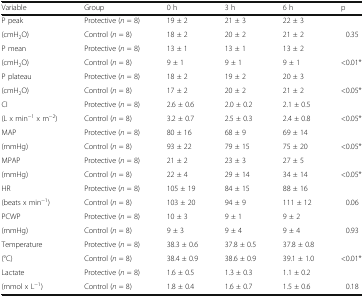
<table><thead><tr><td><b>Variable</b></td><td><b>Group</b></td><td><b>0 h</b></td><td><b>3 h</b></td><td><b>6 h</b></td><td><b>p</b></td></tr></thead><tbody><tr><td>P peak</td><td>Protective (<i>n</i> = 8)</td><td>19 ± 2</td><td>21 ± 3</td><td>22 ± 3</td><td></td></tr><tr><td>(cmH<sub>2</sub>O)</td><td>Control (<i>n</i> = 8)</td><td>18 ± 2</td><td>20 ± 2</td><td>21 ± 2</td><td>0.35</td></tr><tr><td>P mean</td><td>Protective (<i>n</i> = 8)</td><td>13 ± 1</td><td>13 ± 1</td><td>13 ± 2</td><td></td></tr><tr><td>(cmH<sub>2</sub>O)</td><td>Control (<i>n</i> = 8)</td><td>9 ± 1</td><td>9 ± 1</td><td>9 ± 1</td><td>&lt;0.01*</td></tr><tr><td>P plateau</td><td>Protective (<i>n</i> = 8)</td><td>18 ± 2</td><td>19 ± 2</td><td>20 ± 3</td><td></td></tr><tr><td>(cmH<sub>2</sub>O)</td><td>Control (<i>n</i> = 8)</td><td>17 ± 2</td><td>20 ± 2</td><td>21 ± 2</td><td>&lt;0.05*</td></tr><tr><td>CI</td><td>Protective (<i>n</i> = 8)</td><td>2.6 ± 0.6</td><td>2.0 ± 0.2</td><td>2.1 ± 0.5</td><td></td></tr><tr><td>(L x min<sup>−1</sup> x m<sup>−2</sup>)</td><td>Control (<i>n</i> = 8)</td><td>3.2 ± 0.7</td><td>2.5 ± 0.3</td><td>2.4 ± 0.8</td><td>&lt;0.05*</td></tr><tr><td>MAP</td><td>Protective (<i>n</i> = 8)</td><td>80 ± 16</td><td>68 ± 9</td><td>69 ± 14</td><td></td></tr><tr><td>(mmHg)</td><td>Control (<i>n</i> = 8)</td><td>93 ± 22</td><td>79 ± 15</td><td>75 ± 20</td><td>&lt;0.05*</td></tr><tr><td>MPAP</td><td>Protective (<i>n</i> = 8)</td><td>21 ± 2</td><td>23 ± 3</td><td>27 ± 5</td><td></td></tr><tr><td>(mmHg)</td><td>Control (<i>n</i> = 8)</td><td>22 ± 4</td><td>29 ± 14</td><td>34 ± 14</td><td>&lt;0.05*</td></tr><tr><td>HR</td><td>Protective (<i>n</i> = 8)</td><td>105 ± 19</td><td>84 ± 15</td><td>88 ± 16</td><td></td></tr><tr><td>(beats x min<sup>−1</sup>)</td><td>Control (<i>n</i> = 8)</td><td>103 ± 20</td><td>94 ± 9</td><td>111 ± 12</td><td>0.06</td></tr><tr><td>PCWP</td><td>Protective (<i>n</i> = 8)</td><td>10 ± 3</td><td>9 ± 1</td><td>9 ± 2</td><td></td></tr><tr><td>(mmHg)</td><td>Control (<i>n</i> = 8)</td><td>9 ± 3</td><td>9 ± 4</td><td>9 ± 4</td><td>0.93</td></tr><tr><td>Temperature</td><td>Protective (<i>n</i> = 8)</td><td>38.3 ± 0.6</td><td>37.8 ± 0.5</td><td>37.8 ± 0.8</td><td></td></tr><tr><td>(°C)</td><td>Control (<i>n</i> = 8)</td><td>38.4 ± 0.9</td><td>38.6 ± 0.9</td><td>39.1 ± 1.0</td><td>&lt;0.01*</td></tr><tr><td>Lactate</td><td>Protective (<i>n</i> = 8)</td><td>1.6 ± 0.5</td><td>1.3 ± 0.3</td><td>1.1 ± 0.2</td><td></td></tr><tr><td>(mmol x L<sup>−1</sup>)</td><td>Control (<i>n</i> = 8)</td><td>1.8 ± 0.4</td><td>1.6 ± 0.7</td><td>1.5 ± 0.6</td><td>0.18</td></tr></tbody></table>